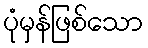
ပုံမှန်ဖြစ်သော